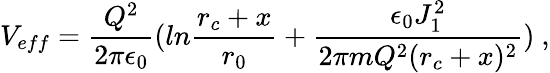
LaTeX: V_{eff}={\frac{Q^{2}}{2\pi\epsilon_{0}}}(ln{\frac{r_{c}+x}{r_{0}}}+{\frac{\epsilon_{0}J_{1}^{2}}{2\pi mQ^{2}(r_{c}+x)^{2}}})~,